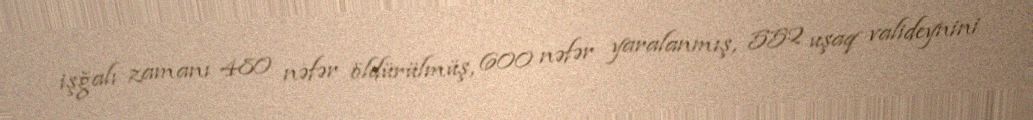
işğalı zamanı 480 nəfər öldürülmüş, 600 nəfər yaralanmış, 552 uşaq valideynini